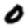
Digit: 0